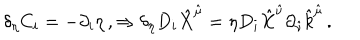
\delta _ { \eta } C _ { i } = - \partial _ { i } \eta \, , \Rightarrow \delta _ { \eta } D _ { i } \hat { X } ^ { \hat { \mu } } = \eta D _ { i } \hat { X } ^ { \hat { \nu } } \partial _ { \hat { \nu } } \hat { k } ^ { \hat { \mu } } \, .